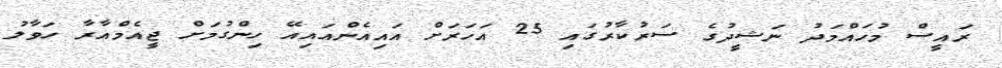
ރައީސް މުހައްމަދު ނަޝީދުގެ ސަރުކާރުގައި 25 އަހަރަށް އައިއެންއައިއޭ ހިންގުމަށް ޖީއެމްއާރާ ހަވާލު